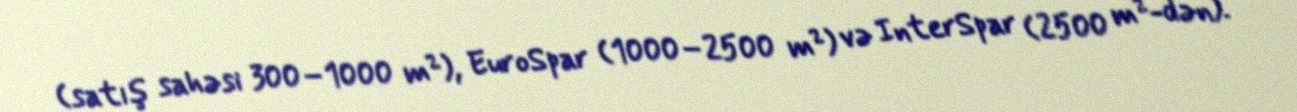
(satış sahəsi 300–1000 m²), EuroSpar (1000–2500 m²) və InterSpar (2500 m²-dən).